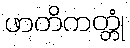
ဖာတိကတ္တုံ